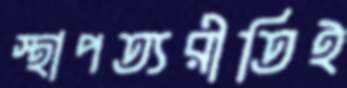
স্থাপত্যরীতিই